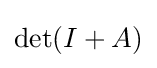
\operatorname {det} (I+A)